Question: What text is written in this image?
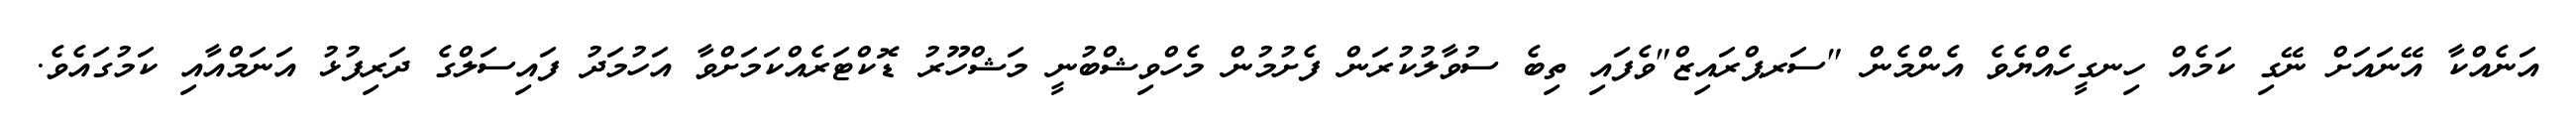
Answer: އަނެއްކާ އޭނައަށް ނޭގި ކަމެއް ހިނގީހެއްޔެވެ އެންމެން "ސަރޕްރައިޒް"ވެފައި ތިބެ ސުވާލުކުރަން ފެށުމުން މެހްވިޝްބުނީ މަޝްހޫރު ޑޮކްޓަރެއްކަމަށްވާ އަހުމަދު ފައިސަލްގެ ދަރިފުޅު އަނަމްއާއި ކަމުގައެވެ.